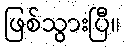
ဖြစ်သွားပြီ။